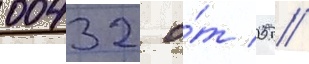
00432 о́т 05 //